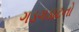
ગડગડાટનો